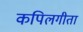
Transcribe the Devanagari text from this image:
कपिलगीता